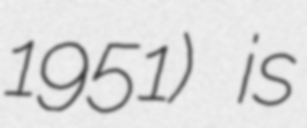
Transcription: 1951) is